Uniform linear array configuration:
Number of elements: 24
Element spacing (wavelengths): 0.25
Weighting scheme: kaiser
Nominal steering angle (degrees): -30
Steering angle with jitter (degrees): -29.035
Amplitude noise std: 0.05
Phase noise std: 0.05

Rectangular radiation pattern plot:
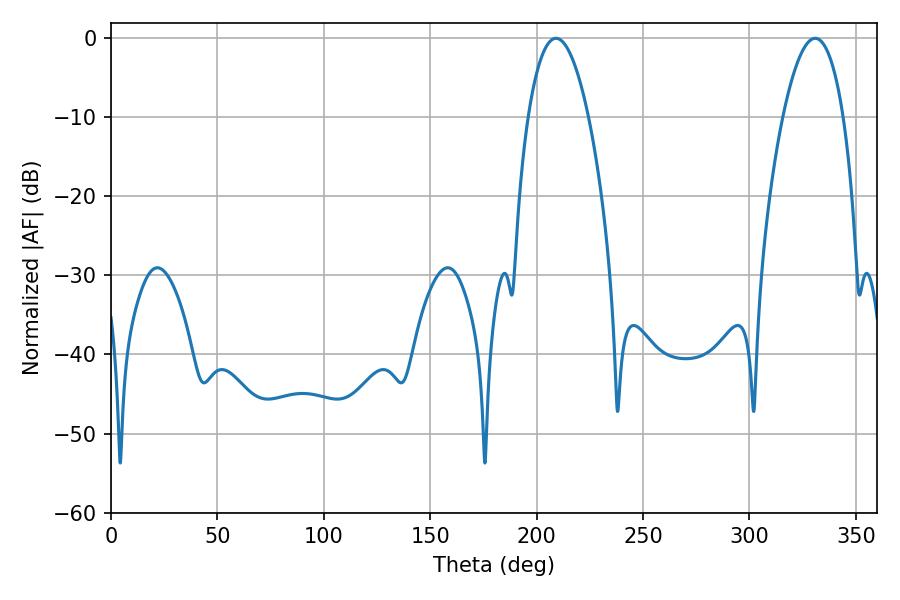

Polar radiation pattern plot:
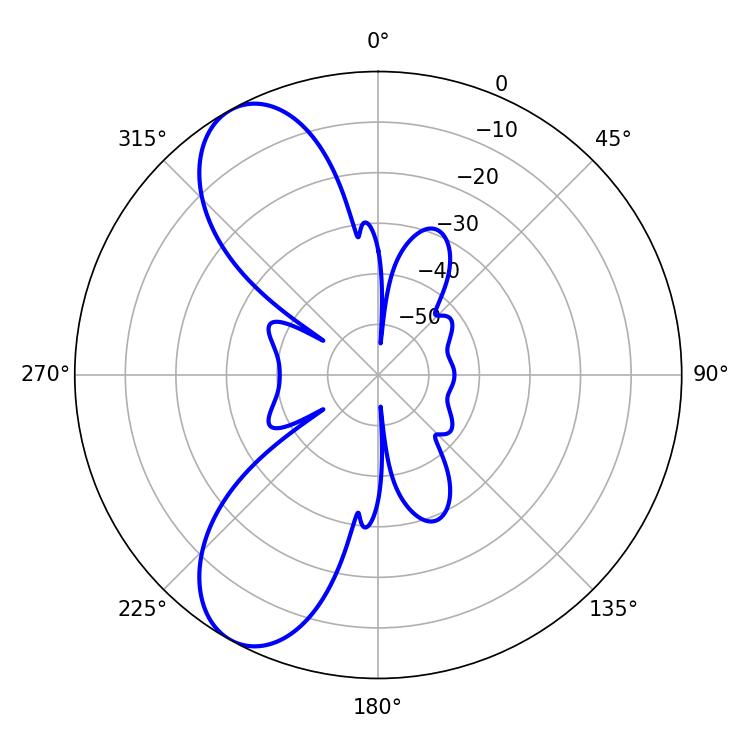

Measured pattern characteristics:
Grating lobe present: FALSE
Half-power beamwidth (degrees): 15.66
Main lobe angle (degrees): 209.16